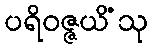
ပရိဝဇ္ဇယိံသု